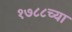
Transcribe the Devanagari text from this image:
१७८८च्या